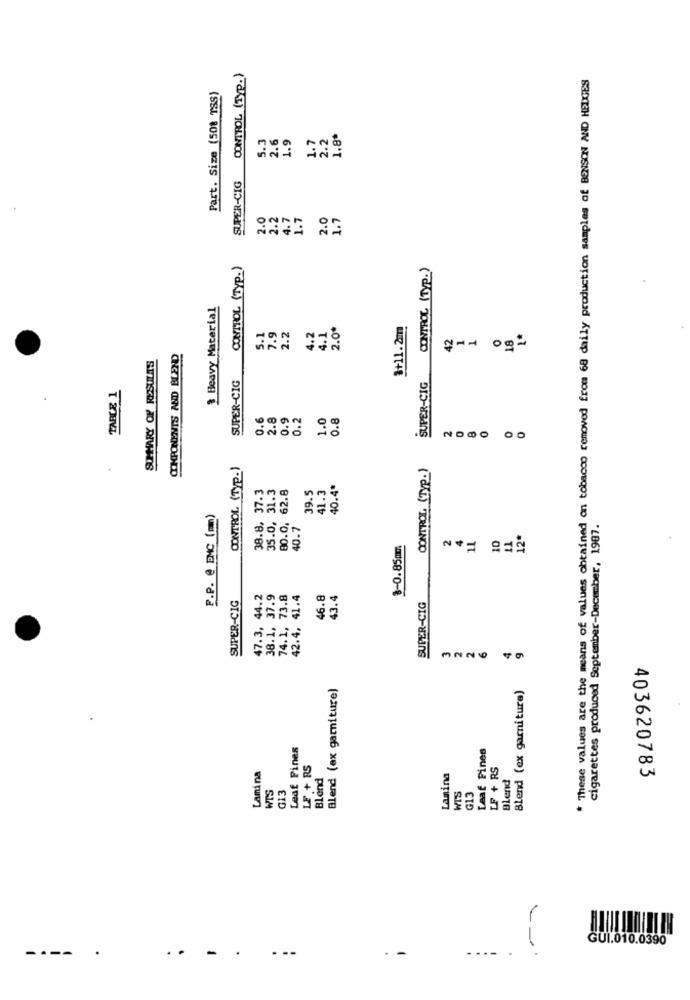
CONTROL (Typ.)
* These values are the means of values obtained on tobacco removed from 68 daily production samples of BENSON AND HEDGES
Part. Size (508 TSS)
5.3
2.6
1.9
1.7
2.2
1.8*
SUPER-CIG
2.0
2.2
4.7
1.7
2.0
1.7
CONTROL (TYP.)
CONTROL (Typ.)
$ Heavy Material
2.0*
3+11.2mm
5.1
7.9
2.2
1.2
4.1
42
18
1ª
COMPONENTS AND BLEND
SUMMARY OF RESULTS
SUPER-CIG
SUPER-CIG
TABLE 1
0.6
2.8
0.9
0.2
1.0
0.8
CONTROL (Typ.)
CONTROL (Typ.)
38.8, 37.3
35.0, 31.3
80.0, 62.8
41.3
40.4*
39.5
P.P. @ BMC (mm)
40.7
cigarettes produced September-December, 1987.
11
10
11
12ª
$-0.85mm
SUPER-CIG
47.3, 44.2
38.1, 37.9
74.1, 73.8
42.4, 41.4
46.8
43.4
SUPER-CIG
3226 49
Blend (ax garniture)
Blend (ex garniture)
Leaf Fines
Leaf Fines
L + RS
LF + RS
Lamina
Blend
Lamina
Blend
WIS
G13
403620783
WIS
G13
GUI.010.0390
----
-
.
-
---